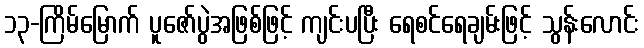
၁၃-ကြိမ်မြောက် ပူဇော်ပွဲအဖြစ်ဖြင့် ကျင်းပပြီး ရေစင်ရေချမ်းဖြင့် သွန်းလောင်း